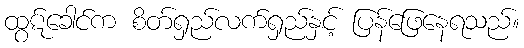
ထွဋ်ခေါင်က စိတ်ရှည်လက်ရှည်နှင့် ပြန်ဖြေနေရသည်။